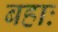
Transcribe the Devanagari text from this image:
बहाः